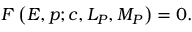
{ \cal F } \left( E , p ; c , { \cal L } _ { P } , { \cal M } _ { P } \right) = 0 .